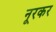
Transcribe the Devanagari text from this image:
नूरकर